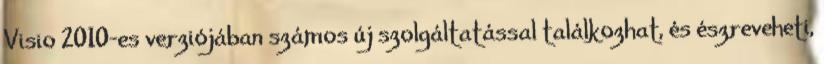
Visio 2010-es verziójában számos új szolgáltatással találkozhat, és észreveheti,